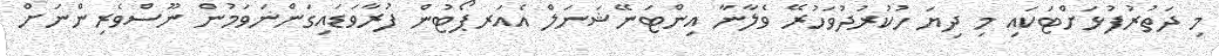
މި ދަތުރުފުޅަށްޓަކައި މި ދިޔަ ހުކުރުދުވަހުރޭ ވެލާނާ އިންޓަނޭޝަނަލް އެއަރޕޯޓުން ފުރާވަޑައިގަންނަވަމުން ނޫސްވެރިންނަށް